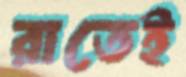
রাতেই